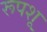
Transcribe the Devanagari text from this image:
रूपशू